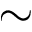
\sim